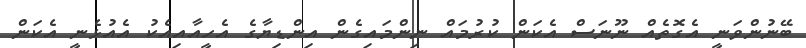
ބޭނުންވަނީ އެގޮތެއް ނޫނަސް އެކަން ކުރުމައް ނިންމައިގެން އިންޑިޔާގެ އެހީއާއިއެކު އެއުޅެނީ އެކަން